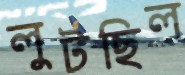
লুটছিল